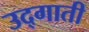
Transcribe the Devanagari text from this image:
उद्गाती